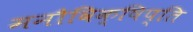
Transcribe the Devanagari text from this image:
मनौविक्षिप्ति